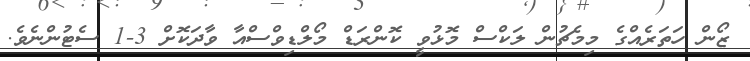
ޒޯން ހަތަރެއްގެ މިމެޗުން ލަކްސް މޮޅުވީ ކޮންރަޑް މޯލްޑިވްސްއާ ވާދަކޮށް 3-1 ސެޓުންނެވެ.